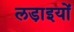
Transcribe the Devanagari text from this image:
लडा़इयों